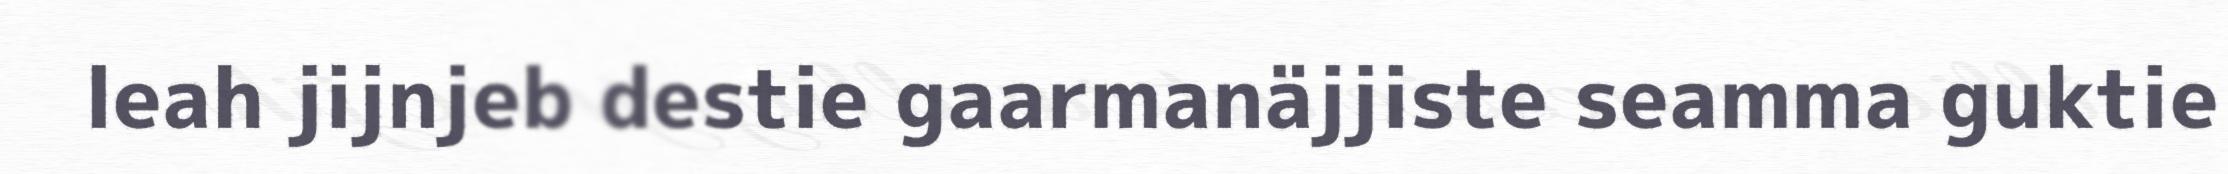
leah jijnjeb destie gaarmanäjjiste seamma guktie